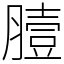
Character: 𦠉